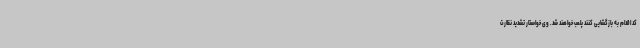
کد اقدام به بازگشایی کنند پلمب خواهند شد. وی خواستار تشدید نظارت